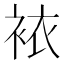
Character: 𧙿